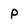
Character: p